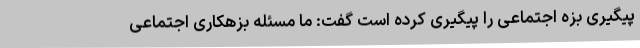
پیگیری بزه اجتماعی را پیگیری کرده است گفت: ما مسئله بزهکاری اجتماعی